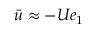
\bar { u } \approx - U e _ { 1 }